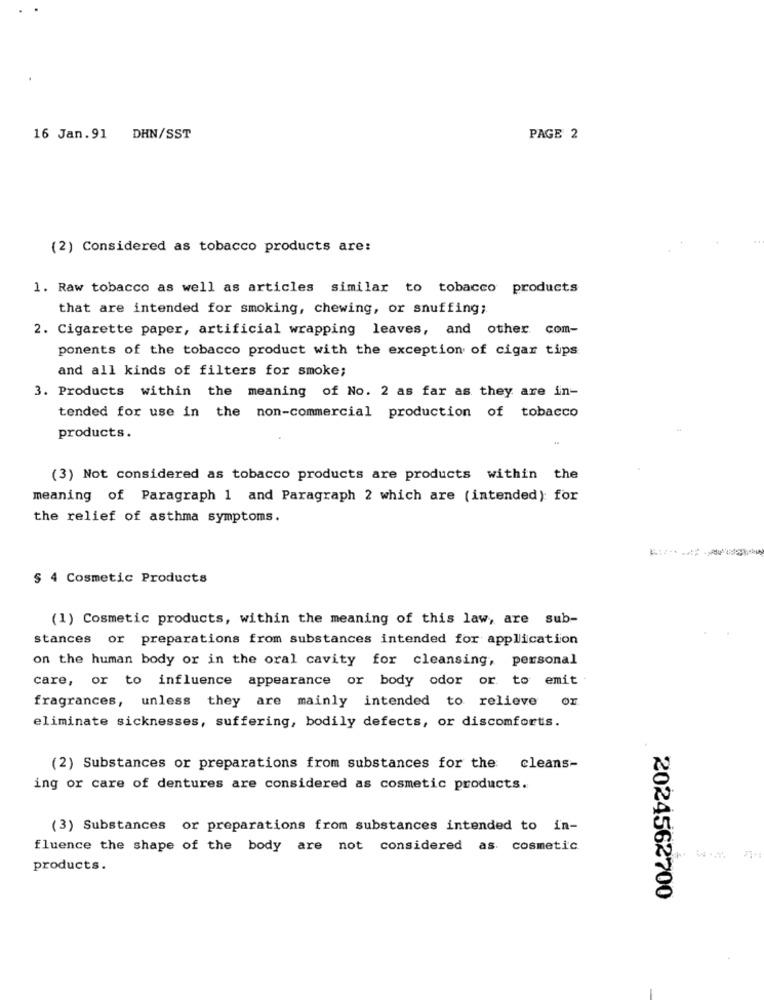
16 Jan.91 DHN/SST
PAGE 2
(2) Considered as tobacco products are:
1. Raw tobacco as well as articles similar to tobacco products
that are intended for smoking, chewing, or snuffing;
2. Cigarette paper, artificial wrapping leaves, and other com-
ponents of the tobacco product with the exception of cigar tips
and all kinds of filters for smoke;
3. Products within the meaning of No. 2 as far as they are in-
tended for use in the non-commercial production of tobacco
products.
(3) Not considered as tobacco products are products within the
meaning of Paragraph 1 and Paragraph 2 which are (intended) for
the relief of asthma symptoms.
§ 4 Cosmetic Products
(1) Cosmetic products, within the meaning of this law, are sub-
stances or preparations from substances intended for application
on the human body or in the oral cavity for cleansing, personal
care, or to influence appearance or body odor or to emit
fragrances, unless they are mainly intended to relieve
Or
eliminate sicknesses, suffering, bodily defects, or discomforts.
(2) Substances or preparations from substances for the
cleans-
ing or care of dentures are considered as cosmetic products.
(3) Substances or preparations from substances intended to in-
fluence the shape of the body are not considered as cosmetic
products.
2024562700